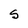
Character: S